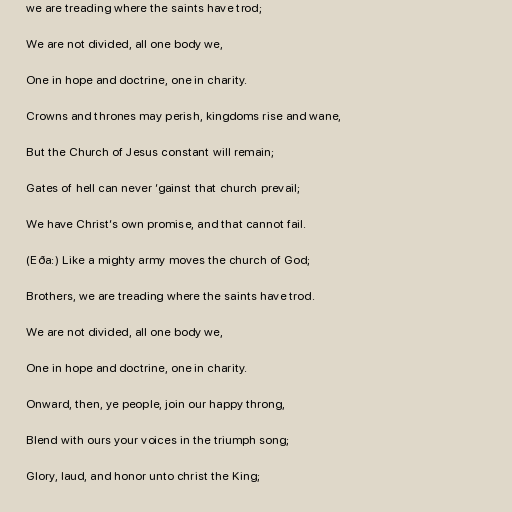
we are treading where the saints have trod;

We are not divided, all one body we,

One in hope and doctrine, one in charity.

Crowns and thrones may perish, kingdoms rise and wane,

But the Church of Jesus constant will remain;

Gates of hell can never ’gainst that church prevail;

We have Christ’s own promise, and that cannot fail.

(Eða:) Like a mighty army moves the church of God;

Brothers, we are treading where the saints have trod.

We are not divided, all one body we,

One in hope and doctrine, one in charity.

Onward, then, ye people, join our happy throng,

Blend with ours your voices in the triumph song;

Glory, laud, and honor unto christ the King;